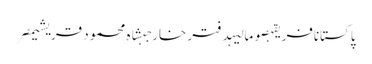
پاکستانافریقہصومالیہدفتر خارجہشاہ محمود قریشیمصر